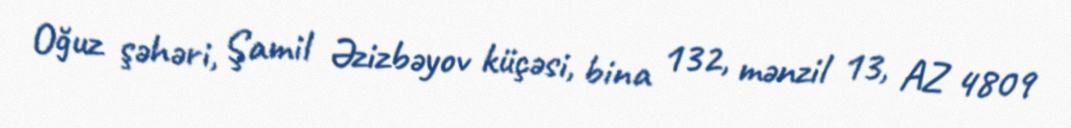
Oğuz şəhəri, Şamil Əzizbəyov küçəsi, bina 132, mənzil 13, AZ 4809